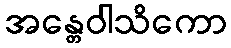
အန္တေဝါသိကော